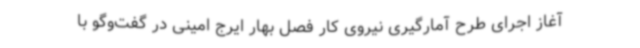
آغاز اجرای طرح آمارگیری نیروی کار فصل بهار ایرج امینی در گفت‌وگو با